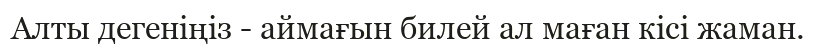
Алты дегеніңіз - аймағын билей ал маған кісі жаман.